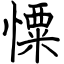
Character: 憟